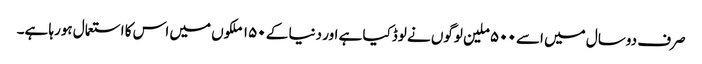
صرف دوسال میں اسے ۵۰۰ ملین لوگوں نے لوڈکیا ہے اور دنیا کے ۱۵۰ ملکوں میں اس کا استعمال ہورہا ہے۔